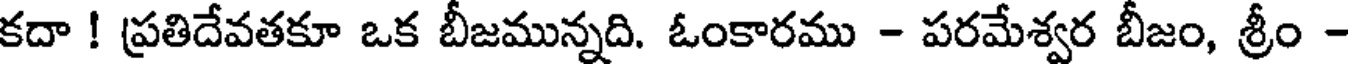
కదా ! ప్రతిదేవతకూ ఒక బీజమున్నది. ఓంకారము - పరమేశ్వర బీజం, శ్రీం -